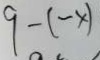
9 - ( - x )